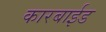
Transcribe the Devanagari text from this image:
कारबाईड